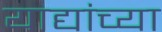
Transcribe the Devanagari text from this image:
याद्यांच्या